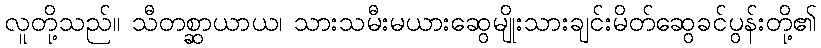
လူတို့သည်။ သီတစ္ဆာယာယ၊ သားသမီးမယားဆွေမျိုးသားချင်းမိတ်ဆွေခင်ပွန်းတို့၏